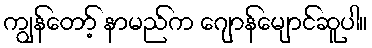
ကျွန်တော့် နာမည်က ဂျောန်မျောင်ဆူပါ။